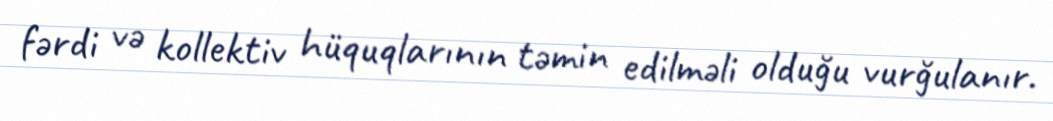
fərdi və kollektiv hüquqlarının təmin edilməli olduğu vurğulanır.